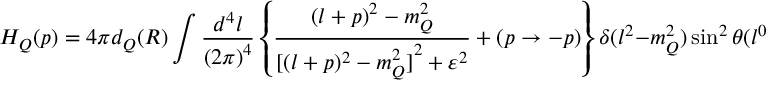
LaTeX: H _ { Q } ( p ) = 4 \pi d _ { Q } ( R ) \int \frac { d ^ { 4 } l } { { ( 2 \pi ) } ^ { 4 } } \left\{ \frac { ( l + p ) ^ { 2 } - m _ { Q } ^ { 2 } } { { [ ( l + p ) ^ { 2 } - m _ { Q } ^ { 2 } ] } ^ { 2 } + \varepsilon ^ { 2 } } + ( p \to - p ) \right\} \delta ( l ^ { 2 } - m _ { Q } ^ { 2 } ) \sin ^ { 2 } \theta ( l ^ { 0 } , \mu _ { Q } ) ,